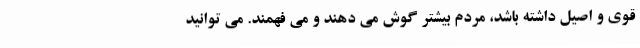
قوی و اصیل داشته باشد، مردم بیشتر گوش می دهند و می فهمند. می توانید